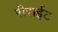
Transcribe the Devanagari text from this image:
रीराईट